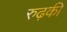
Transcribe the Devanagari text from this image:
रुढ़की